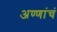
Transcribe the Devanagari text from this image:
अण्णांचं